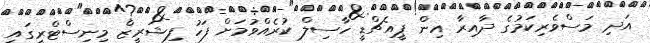
އަދި މަސްވެރިކަމުގެ ދާއިރާ އިން ޕީއެޗްޑީ ހާސިލް ކުރެއްވުމަށް ފަހު ފިޝަރީޒް މިނިސްޓްރީގައި